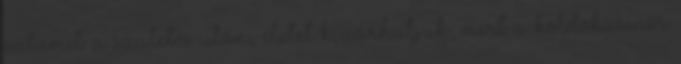
valamit: a születés utáni életet kizárhatjuk, mert a köldökzsinór